Annual administration report of the Civil Veterinary Department of India - 1909-1910
Year: 1909
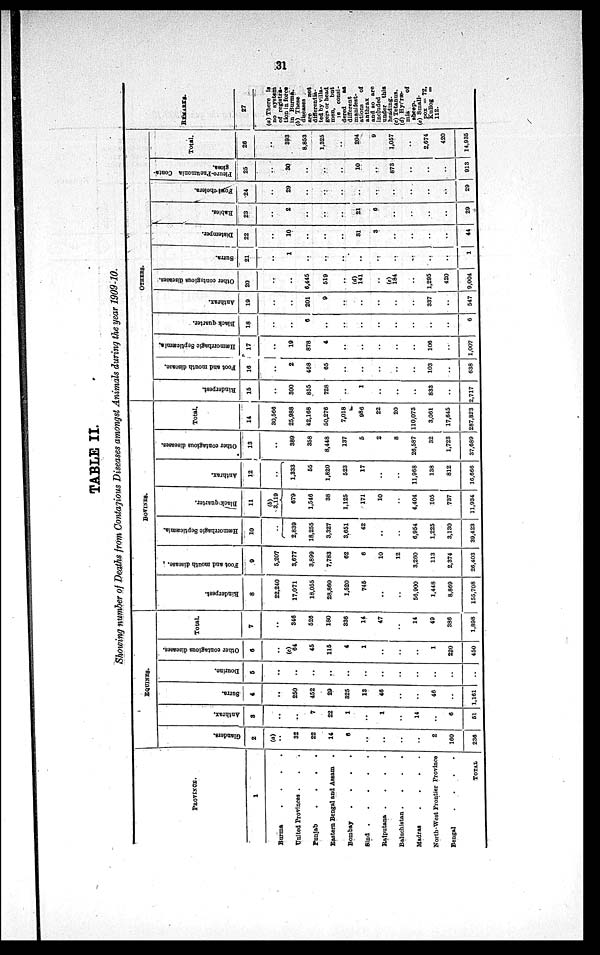
31
TABLE II.
Showing number of Deaths from Contagious Diseases amongst Animals during the year 1909-10.
PROVINCE.
1
Burma . . . .
United Provinces . . .
Punjab
.
.
.
.
Eastern Bengal and Assam
.
Bombay
.
.
.
.
Sind
.
.
.
.
.
.
Rajputana .
.
.
.
Baluchistan .
.
.
.
Madras
.
.
.
.
North-West Frontier Province
Bengal
.
.
.
.
TOTAL
EQUINES.
Glanders.
2
(a)
..
32
22
14
6
..
..
..
..
2
160
236
Anthrax.
3
..
..
7
22
1
..
1
..
14
..
6
51
Surra.
4
..
250
452
29
325
13
46
..
..
46
..
1,161
Dourine.
5
..
..
..
..
..
..
..
..
..
..
..
..
Other contagious diseases.
6
..
(c)
64
45
115
4
1
..
..
..
1
220
450
Total.
7
..
346
526
180
336
14
47
..
14
49
386
1,898
BOVINES.
Rinderpest.
8
22,240
17,071
18,055
28,860
1,520
745
..
..
56,900
1,448
8,869
155,708
Foot and mouth disease.
9
5,207
3,677
3,899
7,783
62
6
10
12
3,260
113
2,374
26,403
Hæmorrhagic
Septicæmia.
10
..
2,839
18,255
3,327
3,651
42
..
..
6,954
1,225
3,130
39,423
Black quarter.
11
(b)
3,119}
679
1,546
38
1,125
171
10
..
4,404
105
737
11,934
Anthrax.
12
..
1,333
55
1,820
523
17
..
..
11,968
138
812
16,666
Other contagious diseases.
13
..
389
358
8,448
137
5
2
8
26,587
32
1,723
37,689
Total.
14
30,566
25,988
42,168
50,276
7,018
986
22
20
110,073
3,061
17,645
287,823
OTHERS.
Rinderpest.
15
..
300
855
728
..
1
..
..
..
833
..
2,717
Foot and mouth disease.
16
..
2
468
65
..
..
..
..
..
103
..
638
Hæmorrhagic Septicæmia.
17
..
19
878
4
..
..
..
..
..
106
..
1,007
Black quarter.
18
..
..
6
..
..
..
..
..
..
..
..
6
Anthrax.
19
..
..
201
9
..
..
..
..
..
337
..
547
Other contagious diseases.
20
..
..
6,445
519
..
(d)
141
..
(e)
184
..
1,295
420
9,004
Surra.
21
..
1
..
..
..
..
..
..
..
..
..
1
Distemper.
22
..
10
..
..
..
31
3
..
..
..
..
44
Rabies.
23
..
2
..
..
..
21
6
..
..
..
..
29
Fowl cholera.
24
..
29
..
..
..
..
..
..
..
..
..
29
Pleuro-Pneumonia Conta-
gioes.
25
..
30
..
..
..
10
..
873
..
..
..
913
Total.
26
..
393
8,853
1,325
..
204
9
1,057
..
2,674
420
14,935
REMARKS.
27
(a) There is
of registra-
tion in force
in Burma.
(b) These
diseases
differentia-
ted by villa-
gers or head
men,
but
le consi-
dered as
different
manifest-
ations of
anthrax
and so are
included
under this
heading.
(c) Tetanus.
(d) Hydræ-
mia
of
sheep.
(e) Small-
pox = 72,
Kullog =
112.